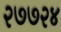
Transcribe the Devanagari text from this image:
२७७२४